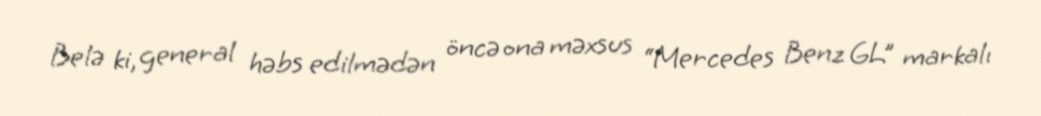
Belə ki, general həbs edilmədən öncə ona məxsus “Mercedes Benz GL” markalı